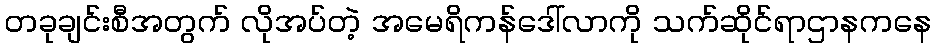
တခုချင်းစီအတွက် လိုအပ်တဲ့ အမေရိကန်ဒေါ်လာကို သက်ဆိုင်ရာဌာနကနေ